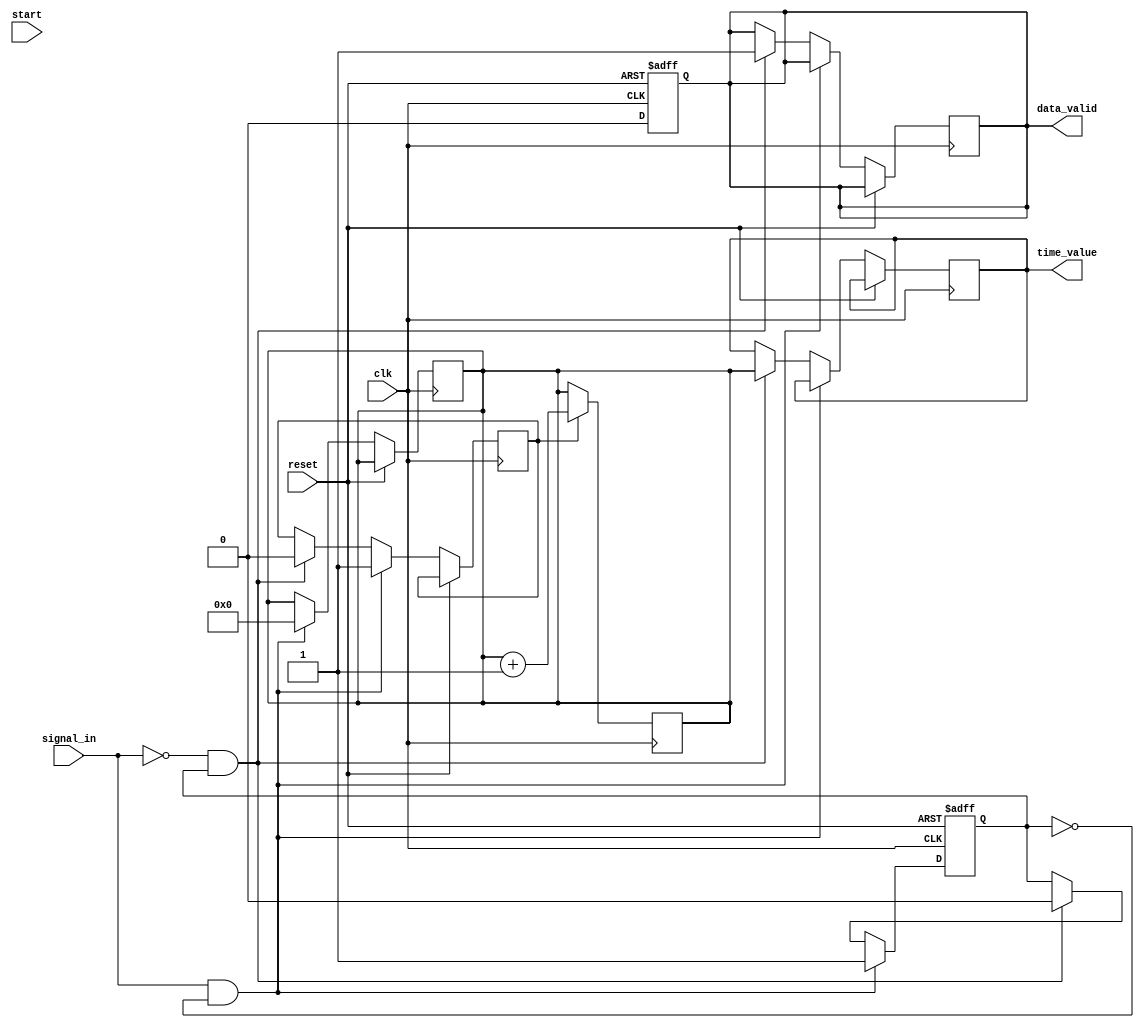
module hybrid_tdc (
    input wire clk,              // High-frequency clock
    input wire reset,            // Asynchronous reset
    input wire start,            // Start measurement signal
    input wire signal_in,        // Input signal to measure
    output reg [15:0] time_value, // Measured time interval output
    output reg data_valid        // Indicates valid data output
);

    // Parameters
    parameter DELAY_COUNT = 8;   // Number of delay elements
    parameter MEMORY_SIZE = 16;   // Size of memory block

    // Internal signals
    reg [DELAY_COUNT-1:0] delay_line; // Delay line for time-stretching
    reg [15:0] counter;               // Digital counter
    reg [15:0] memory [0:MEMORY_SIZE-1]; // Memory block
    reg [3:0] write_pointer;          // Pointer for writing to memory
    reg [3:0] read_pointer;           // Pointer for reading from memory
    reg measuring;                    // Measurement state
    reg edge_detected;                // Edge detection flag

    // Edge detection
    always @(posedge clk or posedge reset) begin
        if (reset) begin
            edge_detected <= 0;
        end else begin
            if (signal_in && !edge_detected) begin
                edge_detected <= 1; // Rising edge detected
                measuring <= 1;      // Start measuring
                counter <= 0;        // Reset counter
            end else if (!signal_in && edge_detected) begin
                edge_detected <= 0;  // Falling edge detected
                measuring <= 0;       // Stop measuring
                time_value <= counter; // Store measured time
                data_valid <= 1;      // Indicate valid data
                memory[write_pointer] <= time_value; // Store in memory
                write_pointer <= (write_pointer + 1) % MEMORY_SIZE; // Update write pointer
            end
        end
    end

    // Digital counter
    always @(posedge clk) begin
        if (measuring) begin
            counter <= counter + 1; // Increment counter during measurement
        end
    end

    // Output control
    always @(posedge clk or posedge reset) begin
        if (reset) begin
            data_valid <= 0; // Reset data valid flag
            write_pointer <= 0; // Reset write pointer
            read_pointer <= 0; // Reset read pointer
        end else begin
            if (data_valid) begin
                // Additional logic to handle output data can be added here
                data_valid <= 0; // Clear data valid after reading
            end
        end
    end

    // Calibration logic can be added here if needed

endmodule